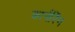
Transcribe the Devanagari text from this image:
कार्नरिंग